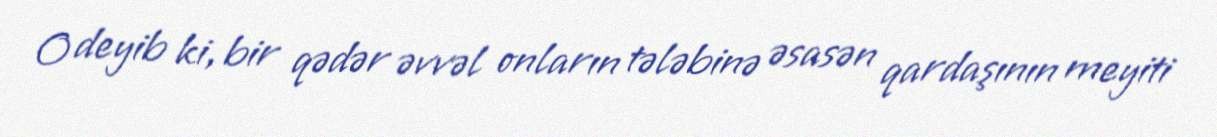
O deyib ki, bir qədər əvvəl onların tələbinə əsasən qardaşının meyiti